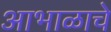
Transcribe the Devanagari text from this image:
आभाळाचे